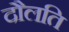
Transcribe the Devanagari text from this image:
दौलति